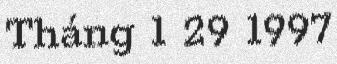
Tháng 1 29 1997